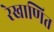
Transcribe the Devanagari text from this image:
रेखाणित